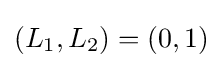
\left(L_{1},L_{2}\right)=(0,1)